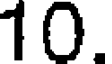
10.